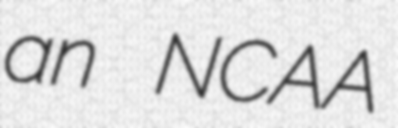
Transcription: an NCAA